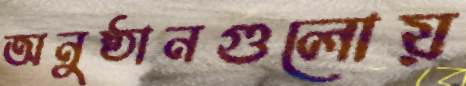
অনুষ্ঠানগুলোয়